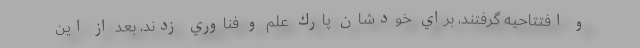
و افتتاحيه گرفتند، براي خودشان پارك علم و فناوري زدند، بعد از اين